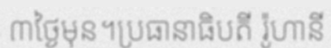
៣ថ្ងៃមុន។ប្រធានាធិបតី រ៉ូហានី